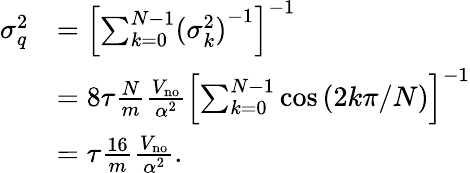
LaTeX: \begin{array}{rl}{\sigma_{q}^{2}}&{=\left[\sum_{k=0}^{N-1}({\sigma_{k}^{2})}^{-1}\right]^{-1}}\\ &{=8\tau\frac{N}{m}\frac{V_{\mathrm{no}}}{\alpha^{2}}\left[\sum_{k=0}^{N-1}\cos\left(2k\pi/N\right)\right]^{-1}}\\ &{=\tau\frac{16}{m}\frac{V_{\mathrm{no}}}{\alpha^{2}}.}\end{array}